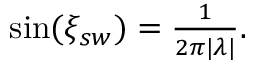
\begin{array} { r } { \sin ( \xi _ { s w } ) = \frac { 1 } { 2 \pi | \lambda | } . } \end{array}